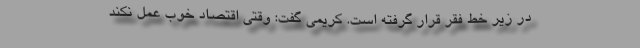
در زیر خط فقر قرار گرفته است. کریمی گفت: وقتی اقتصاد خوب عمل نکند